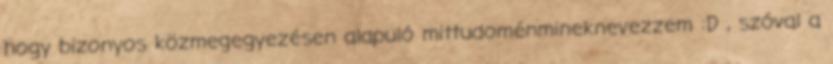
hogy bizonyos közmegegyezésen alapuló mittudoménmineknevezzem :D , szóval a